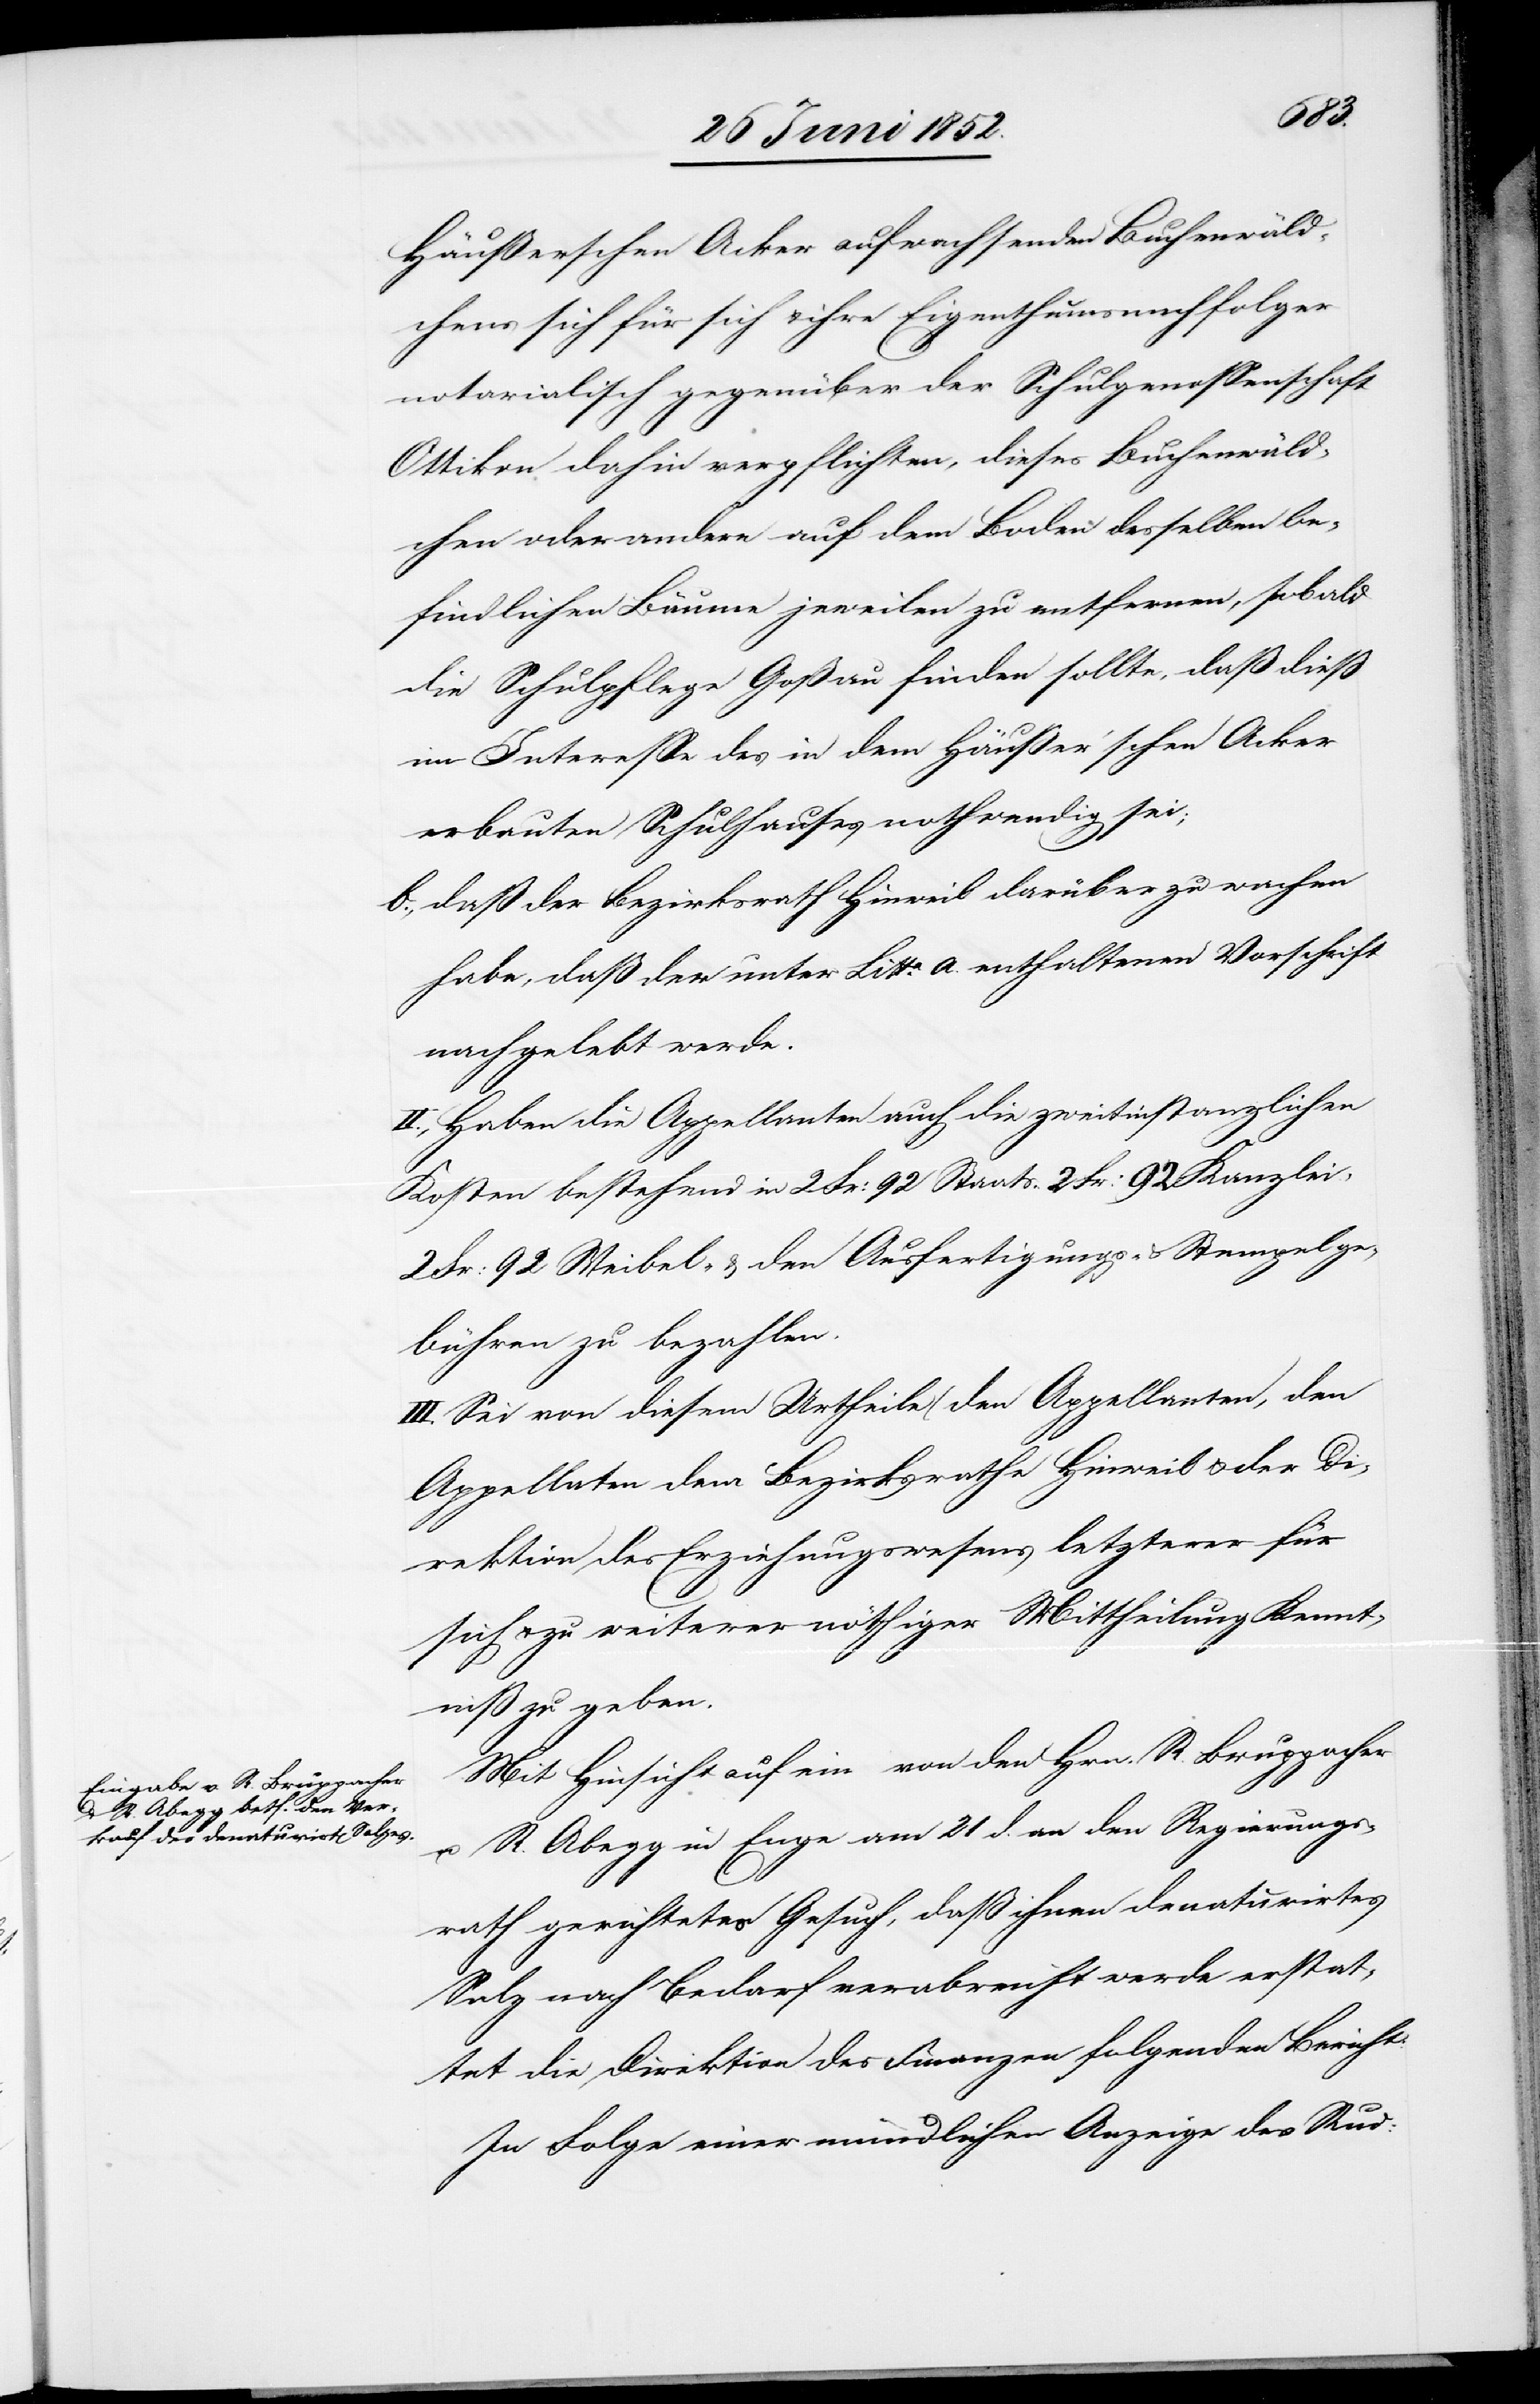
Häußerschen Acker aufwachsenden Buchenwäld¬
chens sich für sich & ihre Eigenthumsnachfolger
notarialisch gegenüber der Schulgenossenschaft
Ottikon dahin verpflichten, dieses Buchenwäld¬
chen oder andere auf dem Boden desselben be¬
findlichen Bäume jeweilen zu entfernen, sobald
die Schulpflege Goßau finden sollte, daß diess
im Interesse des in dem Häusser’schen Acker
erbauten Schulhauses nothwendig sei;
daß der Bezirksrath Hinweil darüber zu wachen
habe, daß der unter Litta. a. enthaltenen Vorschrift
nachgelebt werde.
II., Haben die Appellanten auch die zweitinstanzlichen
Kosten bestehend in 2 Fr: 92 Staats[,] 2 Fr: 92 Kanzlei-[,]
2 Fr: 92 Weibel- & den Ausfertigungs- & Stempelge¬
bühren zu bezahlen.
III. Sei von diesem Urtheile ( [sic!] den Appellanten, den
Appellaten[,] dem Bezirksrathe Hinweil & der Di¬
rektion des Erziehungswesens letzterer für
sich & zu weiterer nöthiger Mittheilung Kennt¬
niß zu geben.
Mit Hinsicht auf ein von den Hrn. R. Bruppacher
u. R. Abegg in Enge am 21 d. an den Regierungs¬
rath gerichtetes Gesuch, daß ihnen denaturirtes
Salz nach Bedarf verabreicht werde erstat¬
tet die Direktion des [sic!] Finanzen folgenden Bericht:
In Folge einer mündlichen Anzeige des Rud: